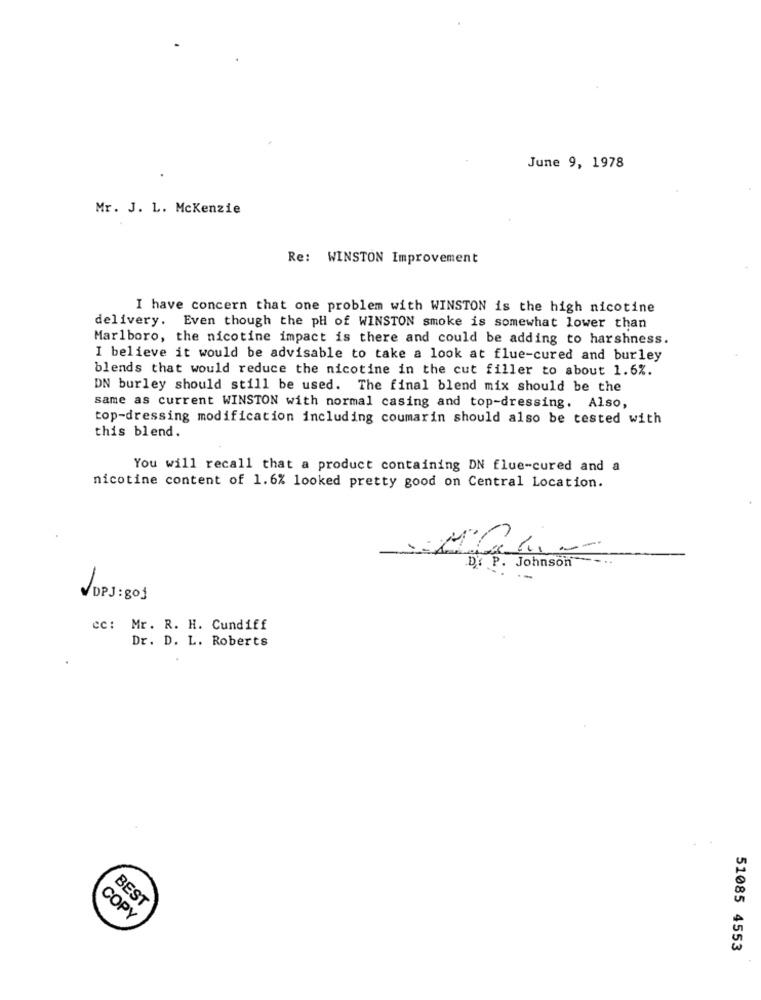
June 9, 1978
Mr. J. L. Mckenzie
Re: WINSTON Improvement
I have concern that one problem with WINSTON is the high nicotine
delivery. Even though the pH of WINSTON smoke is somewhat lower than
Marlboro, the nicotine impact is there and could be adding to harshness.
I believe it would be advisable to take a look at flue-cured and burley
blends that would reduce the nicotine in the cut filler to about 1.6%.
DN burley should still be used. The final blend mix should be the
same as current WINSTON with normal casing and top-dressing. Also,
top-dressing modification including coumarin should also be tested with
this blend.
You will recall that a product containing DN flue-cured and a
nicotine content of 1.6% looked pretty good on Central Location.
Dr P. Johnson
--
VDPJ:goj
cc: Mr. R. H. Cundiff
Dr. D. L. Roberts
BEST
COPY
51085 4553